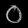
Digit: ၀